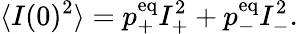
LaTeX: \langle I(0)^{2}\rangle=p_{+}^{\mathrm{eq}}I_{+}^{2}+p_{-}^{\mathrm{eq}}I_{-}^{2}.